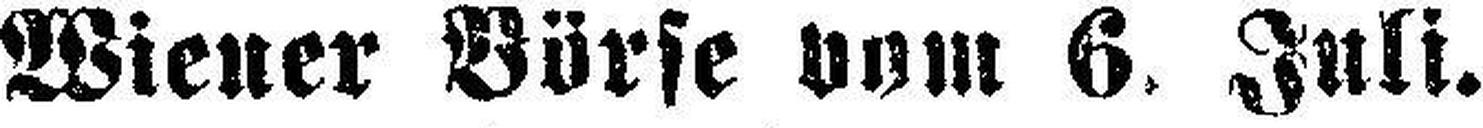
Wiener Börse vom 6. Juli.